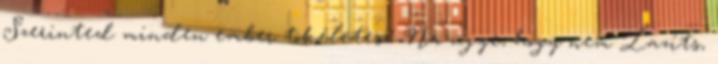
Szerinted minden ember tökéletes? Na ugye, hogy nem Lazíts,